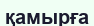
қамырға